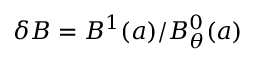
\delta B = B ^ { 1 } ( a ) / B _ { \theta } ^ { 0 } ( a )